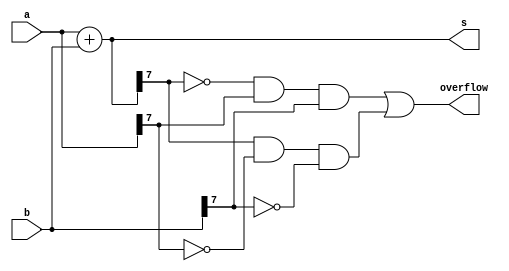
// Assume that you have two 8-bit 2's complement numbers, a[7:0] and b[7:0]. These numbers are added to produce s[7:0]. 
// Also compute whether a (signed) overflow has occurred.


// We know that a signed overflow occurs when adding two POSITIVE numbers produces a negative result, or
// adding two NEGATIVE numbers produces a positive result

// ALTERNATIVE WAY:
// If I had instantiated a full-adder I probably would have calculated overflow by
// taking the carry-out of the b[6] adder and XOR'ing the carry-out of the b[7] adder

module top_module (
    input [7:0] a,
    input [7:0] b,
    output [7:0] s,
    output overflow
); //
 
    assign s = a + b;
    
    // POSITIVE case: overflow occurs when a[7] = 0, b[7] = 0 and s[7] = 1
    //    That is to say: (s[7] & ~a[7] & b[7])
    
    // NEGATIVE case: overflow occurs when a[7] = 1, b[7] = 1 and s[7] = 0
    //    That is to say: (~s[7] & a[7] & b[7])
    assign overflow = ( ~s[7] & a[7] & b[7] ) | ( s[7] & (~a[7]) & (~b[7]) );


endmodule